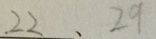
2 2 、 2 9